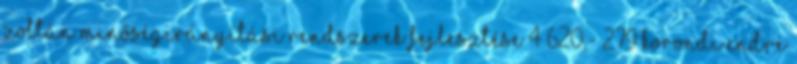
ZOLTÁN MINŐSÉGIRÁNYÍTÁSI RENDSZEREK FEJLESZTÉSE 4 620,- 279 KORONDI ENDRE